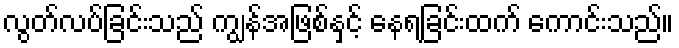
လွတ်လပ်ခြင်းသည် ကျွန်အဖြစ်နှင့် နေရခြင်းထက် ကောင်းသည်။